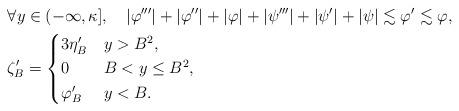
LaTeX: \begin{align*}& \forall y\in(-\infty,\kappa],\quad|\varphi'''|+|\varphi''|+|\varphi|+|\psi'''|+|\psi'|+|\psi|\lesssim\varphi'\lesssim\varphi,\\&\zeta_B'=\begin{cases}3\eta_B'&y>B^2,\\0&B<y\leq B^2,\\\varphi_B'&y<B.\end{cases}\end{align*}